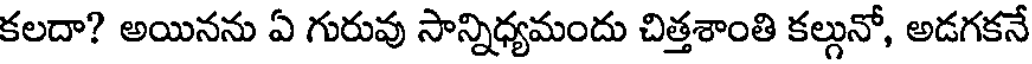
కలదా? అయినను ఏ గురువు సాన్నిధ్యమందు చిత్తశాంతి కల్గునో, అడగకనే